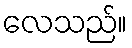
လေသည်။